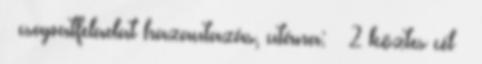
– csapatfeladat hazautazás, utána: – 2 köztes cél –